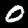
Digit: 0